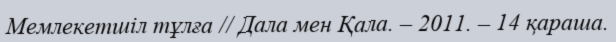
Мемлекетшіл тұлға // Дала мен Қала. – 2011. – 14 қараша.